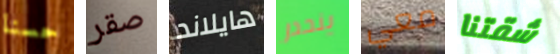
حسنا صقر هايلاند ينحدر معي شقتنا